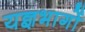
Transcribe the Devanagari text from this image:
यज्ञभागों